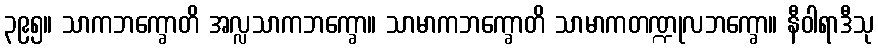
၃၉၅။ သာကဘက္ခောတိ အလ္လသာကဘက္ခော။ သာမာကဘက္ခောတိ သာမာကတဏ္ဍုလဘက္ခော။ နီဝါရာဒီသု